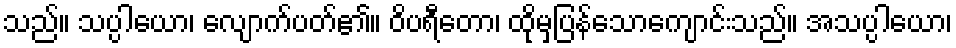
သည်။ သပ္ပါယော၊ လျောက်ပတ်၏။ ဝိပရီတော၊ ထိုမှပြန်သောကျောင်းသည်။ အသပ္ပါယော၊